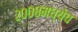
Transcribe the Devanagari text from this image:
२००८मध्येच